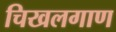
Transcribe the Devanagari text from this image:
चिखलगाण